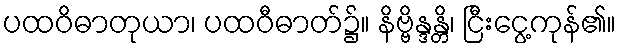
ပထဝိဓာတုယာ၊ ပထဝီဓာတ်၌။ နိဗ္ဗိန္ဒန္တိ၊ ငြီးငွေ့ကုန်၏။